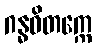
ဂန္ဓဝိတက္ကေ